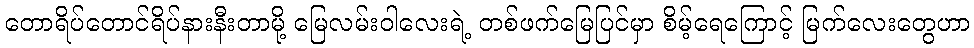
တောရိပ်တောင်ရိပ်နားနီးတာမို့ မြေလမ်းဝါလေးရဲ့ တစ်ဖက်မြေပြင်မှာ စိမ့်ရေကြောင့် မြက်လေးတွေဟာ